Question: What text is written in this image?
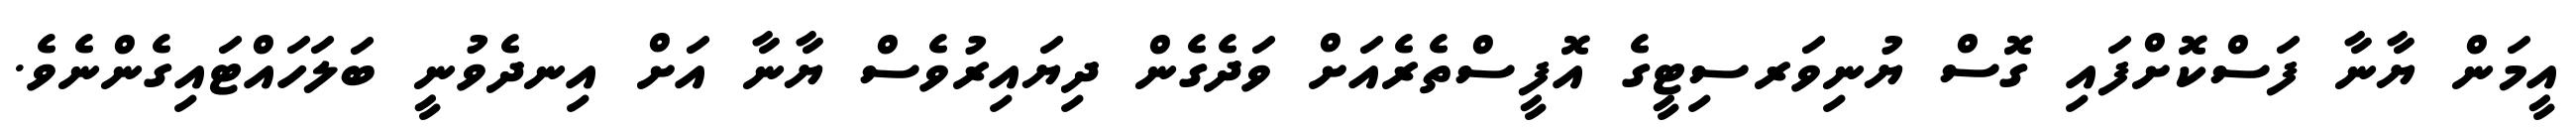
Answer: އީމަން ޔާނާ ފަސްކޮށްފައި ގޮސް ޔުނިވަރސިޓީގެ އޮފީސްތެރެއަށް ވަދެގެން ދިޔައިރުވެސް ޔާނާ އަށް އިނދެވުނީ ބަލަހައްޓައިގެންނެވެ.